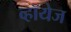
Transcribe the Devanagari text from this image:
व्हॉयेज